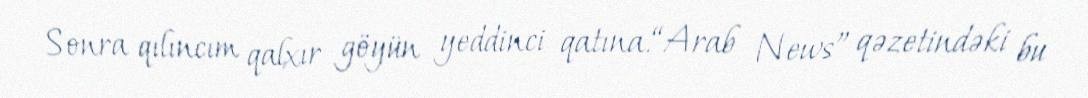
Sonra qılıncım qalxır göyün yeddinci qatına.“Arab News” qəzetindəki bu